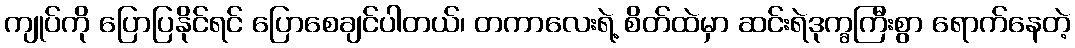
ကျုပ်ကို ပြောပြနိုင်ရင် ပြောစေချင်ပါတယ်၊ တကာလေးရဲ့ စိတ်ထဲမှာ ဆင်းရဲဒုက္ခကြီးစွာ ရောက်နေတဲ့